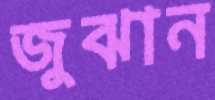
জুঝান